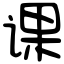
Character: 课